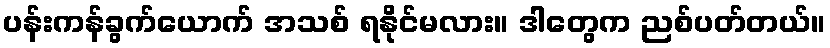
ပန်းကန်ခွက်ယောက် အသစ် ရနိုင်မလား။ ဒါတွေက ညစ်ပတ်တယ်။